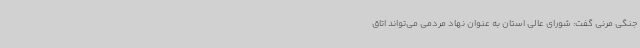
جنگی مرنی گفت: شورای عالی استان به عنوان نهاد مردمی می‌تواند اتاق